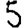
Digit: 5